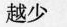
越少